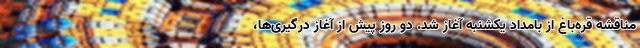
مناقشه قره‌باغ از بامداد یکشنبه آغاز شد. دو روز پیش از آغاز درگیری‌ها،